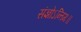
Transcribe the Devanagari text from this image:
संज्ञोऽन्तिमः॥